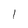
Character: 1